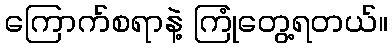
ကြောက်စရာနဲ့ ကြုံတွေ့ရတယ်။